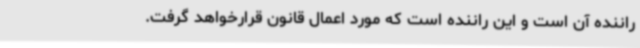
راننده آن است و این راننده است که مورد اعمال قانون قرارخواهد گرفت.